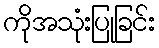
ကိုအသုံးပြုခြင်း